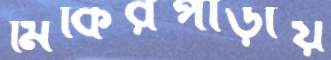
মিকিরপাড়ায়